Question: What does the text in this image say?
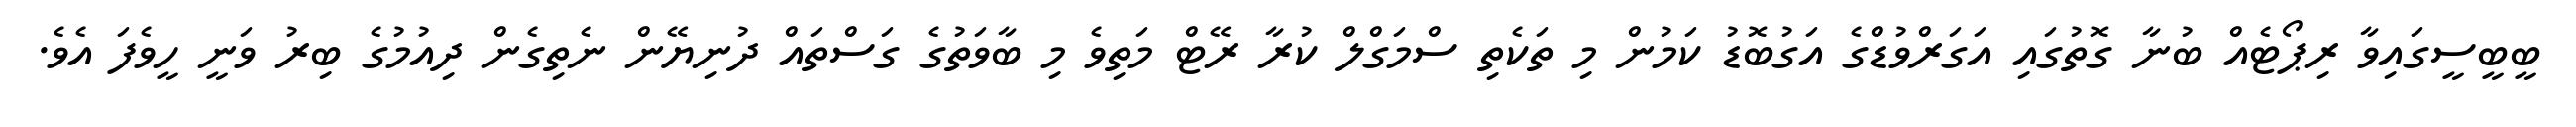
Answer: ބީބީސީގައިވާ ރިޕޯޓެއް ބުނާ ގޮތުގައި އަގަރްވުޑްގެ އަގުބޮޑު ކަމުން މި ތަކެތި ސްމަގްލް ކުރާ ރޭޓް މަތިވެ މި ބާވަތުގެ ގަސްތައް ދުނިޔޭން ނެތިގެން ދިއުމުގެ ބިރު ވަނީ ހީވެފަ އެވެ.